Civil Veterinary Department Bihar & Orissa reports 1922-29 - 1922-1929
Year: 1922
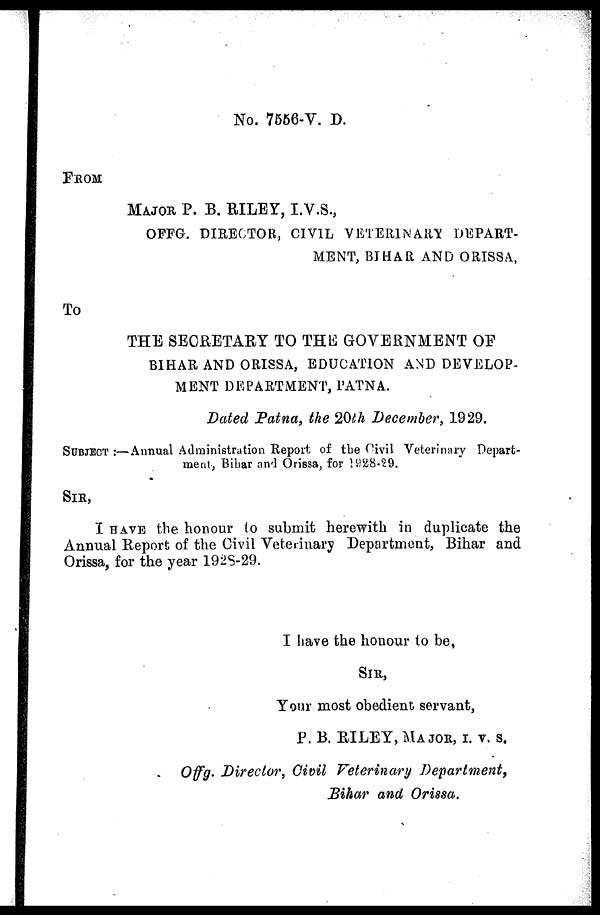
No. 7556-V. D.
FROM
MAJOR P. B. RILEY, I.V.S.,
OFFG. DIRECTOR, CIVIL VETERINARY DEPART-
MENT, BIHAR AND ORIS8A,
To
THE SECRETARY TO THE GOVERNMENT OF
BIHAR AND ORISSA, EDUCATION AND DEVELOP-
MENT DEPARTMENT, PATNA.
Dated Patna, the 20th December, 1929.
SUBJECT :—Annual Administration Report of the Civil Veterinary Depart-
ment, Bibar and Orissa, for 1928-29.
SIR,
I HAVE the honour to submit herewith in duplicate the
Annual Report of the Civil Veterinary Department, Bihar and
Orissa, for the year 1928-29.
I have the honour to be,
SIR,
Your most obedient servant,
P. B. RILEY, MAJOR,I. V. S.
Offg. Director, Civil Veterinary
Department,
Bihar and Orissa.